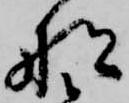
船